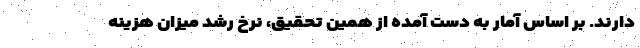
دارند. بر اساس آمار به دست آمده از همین تحقیق، نرخ رشد میزان هزینه